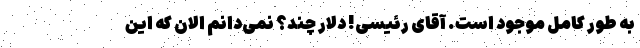
به طور کامل موجود است. آقای رئیسی! دلار چند؟ نمی‌دانم الان که این